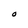
Character: O